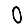
Digit: 0